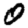
Digit: 0